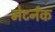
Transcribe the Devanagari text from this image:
मेटर्नक